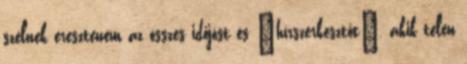
szélnek ereszteném az összes időjóst és "hírszerkesztőt", akik télen